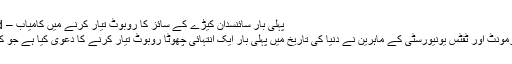
پہلی بار سائنسدان کیڑے کے سائز کا روبوٹ تیار کرنے میں کامیاب – Daily Pakistan – Islamabad
جی ہاں، امریکا کی یونیورسٹی آف ورمونٹ اور ٹفٹس یونیورسٹی کے ماہرین نے دنیا کی تاریخ میں پہلی بار ایک انتہائی چھوٹا روبوٹ تیار کرنے کا دعویٰ کیا ہے جو کسی کیڑے مکوڑے کی طرح ہی ہے۔